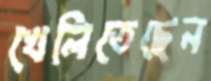
খেলিতেছেন